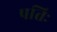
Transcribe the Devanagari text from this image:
पत्तिः